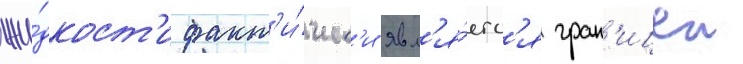
жи́дкост'и факт'и́ческ'и явл'я́етс'я гран'ицеи